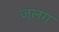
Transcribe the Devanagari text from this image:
जलग